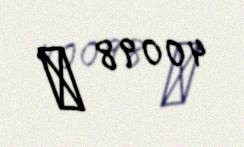
40098 ₼